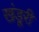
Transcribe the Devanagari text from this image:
खंडूरी